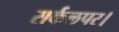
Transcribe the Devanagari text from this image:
सर्कलपर।